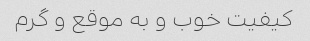
کیفیت خوب و به موقع و گرم